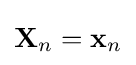
\mathbf {X} _{n}=\mathbf {x} _{n}